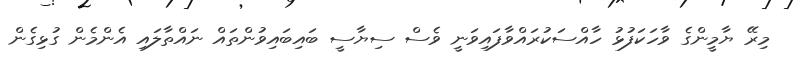
މިރޭ ޔާމީންގެ ވާހަކަފުޅު ހާއްސަކުރައްވާފައިވަނީ ވެސް ސިޔާސީ ބައިބައިވުންތައް ނައްތާލައި އެންމެން ގުޅިގެން